system: You are a helpful assistant.
user:
Analyze the provided spectrum to determine if it is a **"Cataclysmic Variables (CV)"**.

- **Key Indicators for CV (Check for either state):**
    - **State 1: Quiescent / Low-State (Emission-Dominated)**
        - **(Primary):** Strong and *very broad* Hydrogen Balmer emission lines (e.g., $H\alpha$ at 6563 Å, $H\beta$ at 4861 Å). The 'broadness' (high velocity dispersion, often FWHM > 1000 km/s) is the key diagnostic, indicating a high-velocity accretion disk.
        - **(Secondary):** Broad neutral Helium (He I) emission lines (e.g., 5876 Å, 6678 Å).
        - **(Key Confirmation):** Presence of high-excitation *ionized* Helium (He II) emission at 4686 Å. This is a strong indicator of accretion onto a white dwarf.
        - **(Line Profile):** Emission lines may exhibit a 'double-peaked' profile, which is a classic signature of a rotating accretion disk viewed at high inclination.

    - **State 2: Outburst / High-State (Absorption-Dominated)**
        - **(Primary):** Spectrum is dominated by a bright, blue continuum (looks like a hot star).
        - **(Secondary):** The emission lines from State 1 are weak, absent, or 'filled in', and are replaced by broad, shallow *absorption* lines (primarily Balmer and He I).
        - **(Morphology):** The overall spectrum mimics a hot B/A-type star. The crucial difference is that the absorption lines are significantly broader, shallower, and more 'washed-out' (or 'smeared') than the sharp lines of a normal stellar photosphere, due to high rotational speeds and pressure broadening in the disk.

Think first, call **spectral_visualization_tool** if needed to examine features in detail, then provide your final answer. Your response must adhere to the following strict rules:
1.  **Overall Structure:** Your response must follow the format `<think>...</think> <tool_call>...</tool_call> (if a tool is used) <answer>...</answer>`.
2.  **Tool Usage Constraint:** You may only make **one** tool call per turn.
3.  **Final Answer Format:** In the `<answer>` tag, your conclusion must be inside a `\boxed{}` command (e.g., `\boxed{YES}`), followed by your justification.

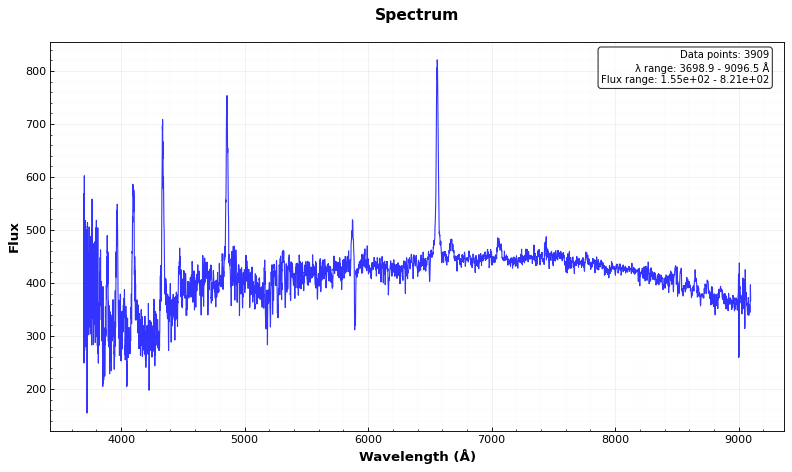
Answer: YES